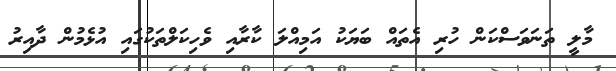
މާލީ ތަނަވަސްކަން ހުރި އެތައް ބަޔަކު އަމިއްލަ ކާރާއި ވެހިކަލްތަކުގައި އުޅެމުން ދާއިރު